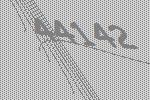
44142